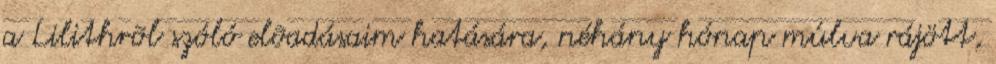
a Lilithrõl szóló elõadásaim hatására, néhány hónap múlva rájött,